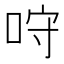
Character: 𠱔